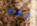
بعد